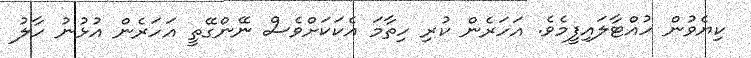
ކިޔެވުން ހުއްޓާލައިފީމެވެ. އަހަރެން ކުރި ހިތާމަ އެކަކަށްވެސް ނޭންގޭތީ އަހަރެން އުޅުނު ހާލު